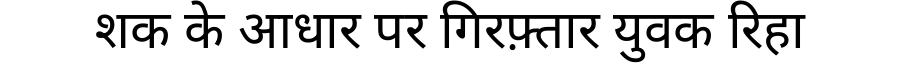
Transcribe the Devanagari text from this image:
शक के आधार पर गिरफ़्तार युवक रिहा